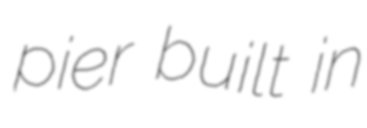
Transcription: pier built in